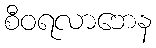
စီဝရလာဘေန